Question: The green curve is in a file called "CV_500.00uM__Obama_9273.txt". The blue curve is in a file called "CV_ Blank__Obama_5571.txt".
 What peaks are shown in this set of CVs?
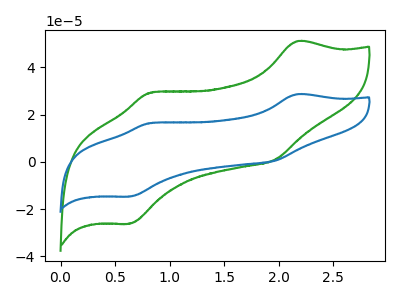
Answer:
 <answer>The green curve "500.00uM" has anodic peaks at (2.15V, 51.00uA) (0.80V, 29.25uA) and cathodic peaks at (1.95V, 0.90uA) (0.65V, -26.15uA). The blue curve " Blank" has anodic peaks at (2.15V, 28.60uA) (0.80V, 16.40uA) and cathodic peaks at (1.95V, 0.50uA) (0.65V, -14.65uA).</answer>
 <eval></eval>